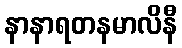
နာနာရတနမာလိနီ